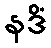
နဒိံ